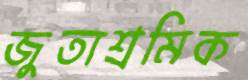
জুতাশ্রমিক